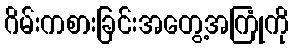
ဂိမ်းကစားခြင်းအတွေ့အကြုံကို